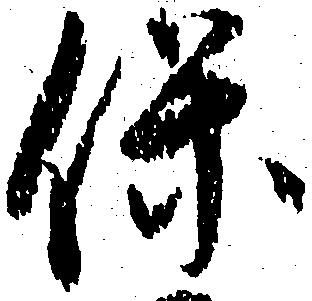
保